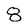
Character: 8